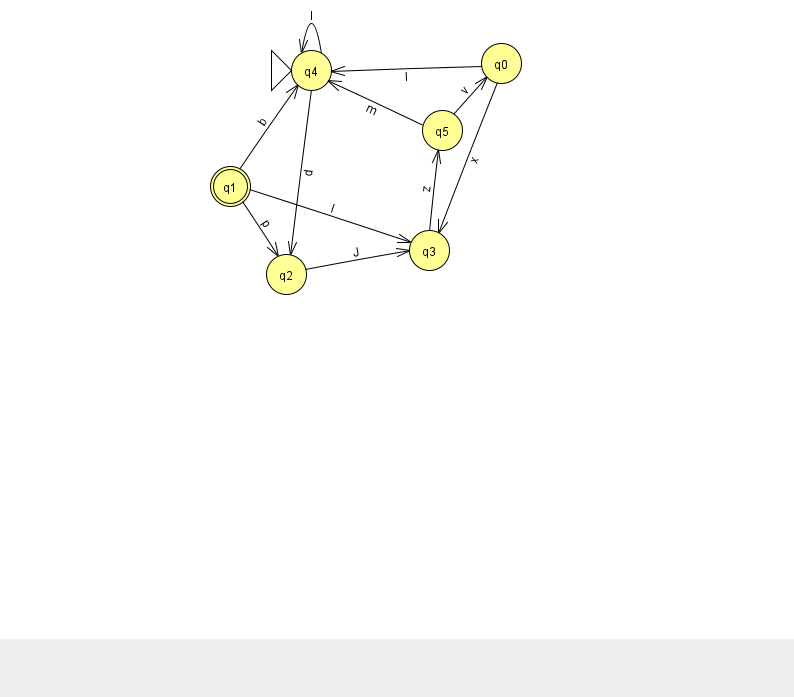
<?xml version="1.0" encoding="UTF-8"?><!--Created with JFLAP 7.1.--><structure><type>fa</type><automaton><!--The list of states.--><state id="0" name="q0"><x>501.0</x><y>50.0</y></state><state id="1" name="q1"><x>230.0</x><y>173.0</y><final/></state><state id="2" name="q2"><x>286.0</x><y>261.0</y></state><state id="3" name="q3"><x>429.0</x><y>237.0</y></state><state id="4" name="q4"><x>311.0</x><y>57.0</y><initial/></state><state id="5" name="q5"><x>442.0</x><y>117.0</y></state><!--The list of transitions.--><transition><from>0</from><to>4</to><read>I</read></transition><transition><from>2</from><to>3</to><read>J</read></transition><transition><from>0</from><to>3</to><read>x</read></transition><transition><from>1</from><to>4</to><read>b</read></transition><transition><from>4</from><to>4</to><read>I</read></transition><transition><from>5</from><to>4</to><read>m</read></transition><transition><from>1</from><to>3</to><read>l</read></transition><transition><from>5</from><to>0</to><read>v</read></transition><transition><from>1</from><to>2</to><read>p</read></transition><transition><from>3</from><to>5</to><read>z</read></transition><transition><from>4</from><to>2</to><read>d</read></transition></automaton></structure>